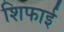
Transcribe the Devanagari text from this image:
शिफाई